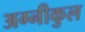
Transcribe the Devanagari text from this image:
अग्‍नीकुल